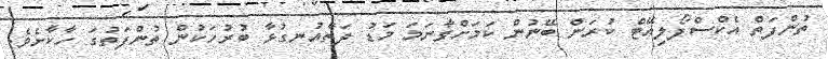
ތުންފަތް އެކްސްފޯލިއޭޓް ކުރަން ބޭނުން ކަމަށްވާނަމަ މަޑު ދަތްއުނގުޅާ ބުރުހަކުން ތުންފަތުގަ ހާކާށެވެ.